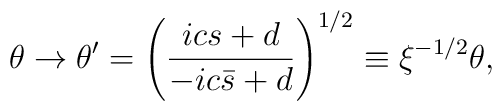
\theta \rightarrow \theta '  =\left( \frac{ics+d}{-ic\bar{s} +d}\right)^{1/2}\equiv \xi^{-1/2}\theta  ,